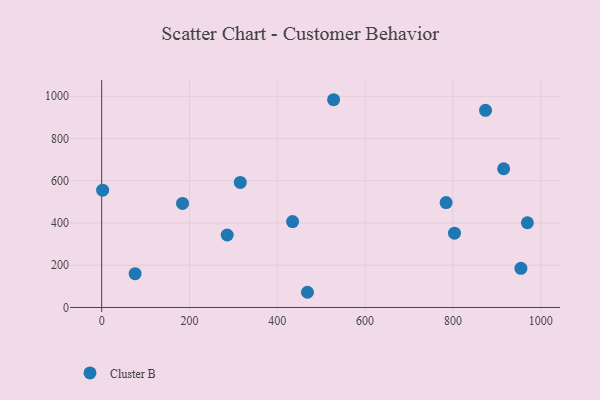
{"axis": {"x": "Engine Size", "y": "Rating"}, "legend": ["Cluster B"], "data": [{"x": "969.5", "y": 401.2, "type": "Cluster B"}, {"x": "874.2", "y": 933.6, "type": "Cluster B"}, {"x": "315.7", "y": 592.3, "type": "Cluster B"}, {"x": "2.2", "y": 555.4, "type": "Cluster B"}, {"x": "915.5", "y": 656.8, "type": "Cluster B"}, {"x": "528.2", "y": 983.7, "type": "Cluster B"}, {"x": "434.8", "y": 406.6, "type": "Cluster B"}, {"x": "803.5", "y": 351.9, "type": "Cluster B"}, {"x": "784.4", "y": 496.8, "type": "Cluster B"}, {"x": "76.2", "y": 159.9, "type": "Cluster B"}, {"x": "468.7", "y": 72.0, "type": "Cluster B"}, {"x": "184.2", "y": 492.7, "type": "Cluster B"}, {"x": "954.8", "y": 185.3, "type": "Cluster B"}, {"x": "285.9", "y": 343.1, "type": "Cluster B"}]}